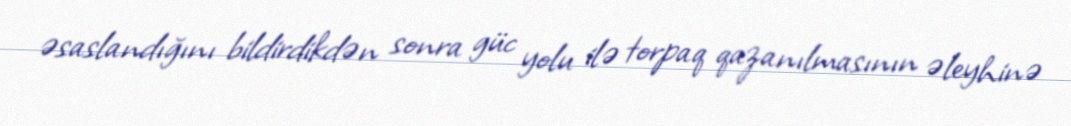
əsaslandığını bildirdikdən sonra güc yolu ilə torpaq qazanılmasının əleyhinə